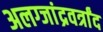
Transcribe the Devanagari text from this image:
अलग्जांद्रवर्त्रांद